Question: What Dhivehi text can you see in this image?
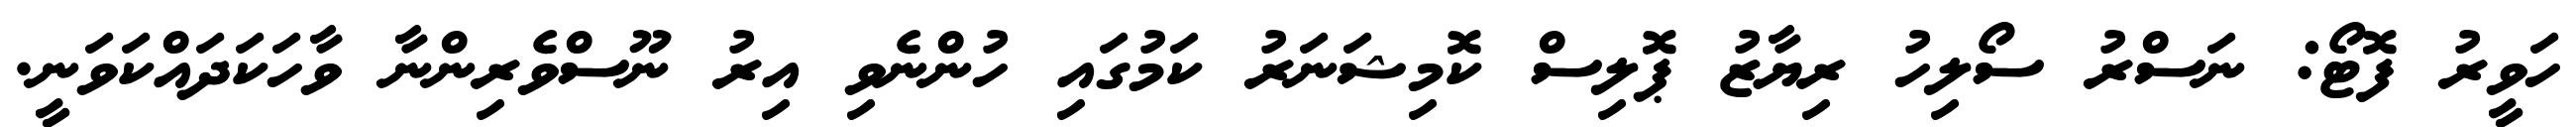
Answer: ހަވީރު ފޮޓޯ: ނަސްރު ސޯލިހު ރިޔާޒު ޕޮލިސް ކޮމިޝަނަރު ކަމުގައި ހުންނެވި އިރު ނޫސްވެރިންނާ ވާހަކަދައްކަވަނީ.